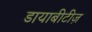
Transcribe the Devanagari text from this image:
डायाबीटीज़